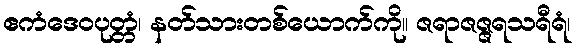
ဧကံဒေဝပုတ္တံ၊ နတ်သားတစ်ယောက်ကို။ ဇရာဇဇ္ဇရသရီရံ၊